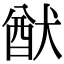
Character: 猷